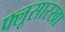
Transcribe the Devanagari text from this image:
फ्लूसारखा